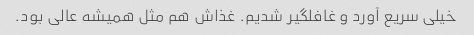
خیلی سریع آورد و غافلگیر شدیم. غذاش هم مثل همیشه عالی بود.